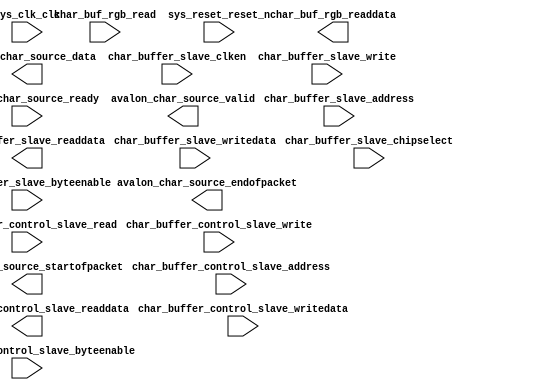

module Char_Buf_Subsystem (
	avalon_char_source_ready,
	avalon_char_source_startofpacket,
	avalon_char_source_endofpacket,
	avalon_char_source_valid,
	avalon_char_source_data,
	char_buf_rgb_read,
	char_buf_rgb_readdata,
	char_buffer_control_slave_address,
	char_buffer_control_slave_byteenable,
	char_buffer_control_slave_read,
	char_buffer_control_slave_write,
	char_buffer_control_slave_writedata,
	char_buffer_control_slave_readdata,
	char_buffer_slave_address,
	char_buffer_slave_clken,
	char_buffer_slave_chipselect,
	char_buffer_slave_write,
	char_buffer_slave_readdata,
	char_buffer_slave_writedata,
	char_buffer_slave_byteenable,
	sys_clk_clk,
	sys_reset_reset_n);	

	input		avalon_char_source_ready;
	output		avalon_char_source_startofpacket;
	output		avalon_char_source_endofpacket;
	output		avalon_char_source_valid;
	output	[39:0]	avalon_char_source_data;
	input		char_buf_rgb_read;
	output	[31:0]	char_buf_rgb_readdata;
	input	[1:0]	char_buffer_control_slave_address;
	input	[3:0]	char_buffer_control_slave_byteenable;
	input		char_buffer_control_slave_read;
	input		char_buffer_control_slave_write;
	input	[31:0]	char_buffer_control_slave_writedata;
	output	[31:0]	char_buffer_control_slave_readdata;
	input	[10:0]	char_buffer_slave_address;
	input		char_buffer_slave_clken;
	input		char_buffer_slave_chipselect;
	input		char_buffer_slave_write;
	output	[31:0]	char_buffer_slave_readdata;
	input	[31:0]	char_buffer_slave_writedata;
	input	[3:0]	char_buffer_slave_byteenable;
	input		sys_clk_clk;
	input		sys_reset_reset_n;
endmodule